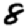
Digit: 8